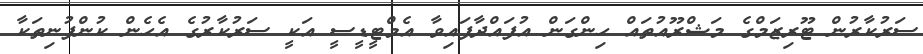
ސަރުކާރުން ޓޫރިޒަމްގެ މަޝްރޫއުތައް ހިންގަން އުފައްދާފައިވާ އެމްޓީޑީސީ އަކީ ސަރުކާރުގެ އެހެން ކުންފުނިތަކާ